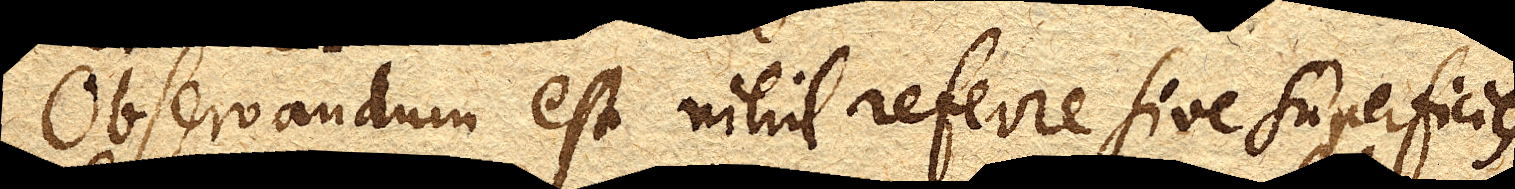
Observandum est nihil referre sive superficies